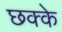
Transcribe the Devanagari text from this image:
छक्‍के